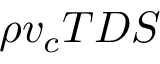
\rho v _ { c } T D S